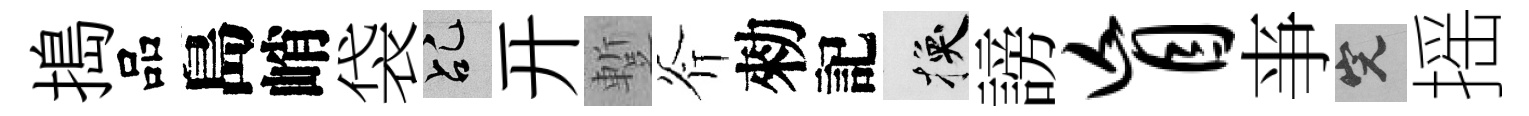
搗品島峭袋乩开蹔斧勑記换謗盲亊完摇